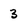
Character: 3